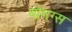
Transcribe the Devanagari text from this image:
बोगग्स